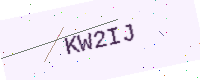
Text: KW2IJ